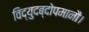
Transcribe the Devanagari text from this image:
विद्युदब्दोपमानौ।